Vaccination report Assam 1874-1896 - 1874-1896
Year: 1874
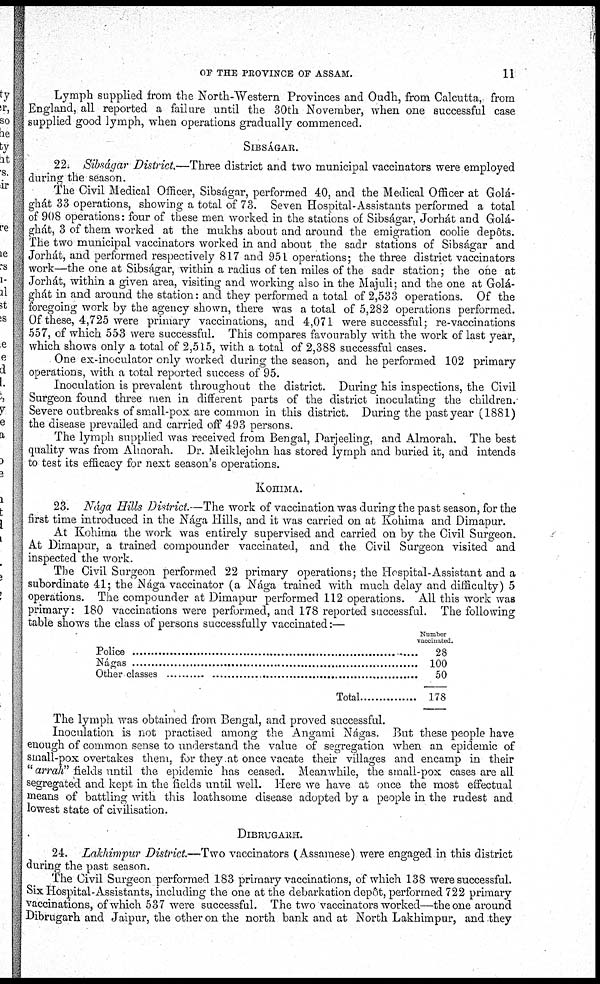
OF THE PROVINCE OF ASSAM.
11
Lymph supplied from the North-Western Provinces and Oudh, from Calcutta, from
England, all reported a failure until the 30th November, when one successful case
supplied good lymph, when operations gradually commenced.
SIBSÁGAR.
22. Sibságar District.—Three district and two municipal vaccinators were employed
during the season.
The Civil Medical Officer, Sibságar, performed 40, and the Medical Officer at Golá-
ghát 33 operations, showing a total of 73. Seven Hospital-Assistants performed a total
of 908 operations: four of these men worked in the stations of Sibsagár, Jorhát and Golá¬
ghat, 3 of them worked at the mukhs about and around the emigration coolie depôts.
The two municipal vaccinators worked in and about the sadr stations of Sibságar and
Jorhát, and performed respectively 817 and 951 operations; the three district vaccinators
work—the one at Sibságar, within a radius of ten miles of the sadr station; the one at
Jorhát, within a given area, visiting and working also in the Majuli; and the one at Golá¬
ghát in and around the station: and they performed a total of 2,533 operations. Of the
foregoing work by the agency shown, there was a total of 5,282 operations performed.
Of these, 4,725 were primary vaccinations, and 4,071 were successful; re-vaccinations
557, of which 553 were successful. This compares favourably with the work of last year,
which shows only a total of 2,515, with a total of 2,388 successful cases.
One ex-inoculator only worked during the season, and he performed 102 primary
operations, with a total reported success of 95.
Inoculation is prevalent throughout the district. During his inspections, the Civil
Surgeon found three men in different parts of the district inoculating the children.
Severe outbreaks of small-pox are common in this district. During the past year (1881)
the disease prevailed and carried off 493 persons.
The lymph supplied was received from Bengal, Darjeeling, and Almorah. The best
quality was from Almorah. Dr. Meiklejohn has stored lymph and buried it, and intends
to test its efficacy for next season's operations.
KOHIMA.
23. Nága Hills District.—The work of vaccination was during the past season, for the
first time introduced in the Nága Hills, and it was carried on at Kohima and Dimapur.
At Kohima the work was entirely supervised and carried on by the Civil Surgeon.
At Dimapur, a trained compounder vaccinated, and the Civil Surgeon visited and
inspected the work.
The Civil Surgeon performed 22 primary operations; the Hospital-Assistant and a
subordinate 41; the Nága vaccinator (a Nága trained with much delay and difficulty) 5
operations. The compounder at Dimapur performed 112 operations. All this work was
primary: 180 vaccinations were performed, and 178 reported successful. The following
table shows the class of persons successfully vaccinated:—
Police ........................................
Nágas ................................
Other classes ............................
Total ........
Number
vaccinated.
28
100
50
178
The lymph was obtained from Bengal, and proved successful.
Inoculation is not practised among the Angami Nágas. But these people have
enough of common sense to understand the value of segregation when an epidemic of
small-pox overtakes them, for they at once vacate their villages and encamp in their
" arrah" fields until the epidemic has ceased. Meanwhile, the small-pox cases are all
segregated and kept in the fields until well. Here we have at once the most effectual
means of battling with this loathsome disease adopted by a people in the rudest and
lowest state of civilisation.
DIBRUGARH.
24. Lakhimpur District.—Two vaccinators (Assamese) were engaged in this district
during the past season.
The Civil Surgeon performed 183 primary vaccinations, of which 138 were successful.
Six Hospital-Assistants, including the one at the debarkation depôt, performed 722 primary
vaccinations, of which 537 were successful. The two vaccinators worked—the one around
Dibrugarh and Jaipur, the other on the north bank and at North Lakhimpur, and they